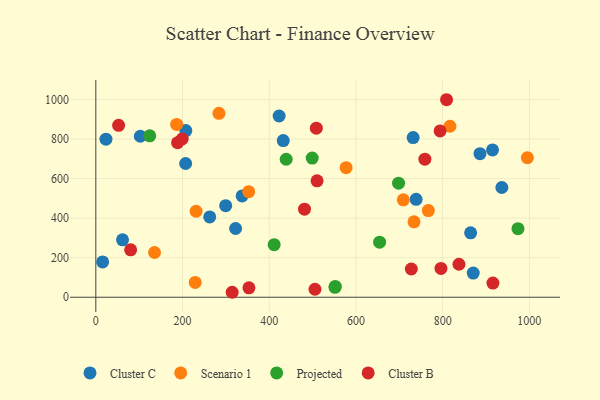
{"axis": {"x": "Experience", "y": "Profit"}, "legend": ["Cluster B", "Cluster C", "Projected", "Scenario 1"], "data": [{"x": "738.7", "y": 495.3, "type": "Cluster C"}, {"x": "61.6", "y": 290.4, "type": "Cluster C"}, {"x": "731.9", "y": 807.2, "type": "Cluster C"}, {"x": "207.2", "y": 676.3, "type": "Cluster C"}, {"x": "864.5", "y": 325.5, "type": "Cluster C"}, {"x": "102.6", "y": 814.0, "type": "Cluster C"}, {"x": "207.6", "y": 842.7, "type": "Cluster C"}, {"x": "15.7", "y": 178.7, "type": "Cluster C"}, {"x": "886.1", "y": 726.1, "type": "Cluster C"}, {"x": "870.5", "y": 122.2, "type": "Cluster C"}, {"x": "262.7", "y": 406.0, "type": "Cluster C"}, {"x": "432.3", "y": 792.2, "type": "Cluster C"}, {"x": "299.5", "y": 463.1, "type": "Cluster C"}, {"x": "23.4", "y": 799.0, "type": "Cluster C"}, {"x": "322.4", "y": 347.5, "type": "Cluster C"}, {"x": "337.5", "y": 512.2, "type": "Cluster C"}, {"x": "422.8", "y": 916.4, "type": "Cluster C"}, {"x": "915.0", "y": 745.1, "type": "Cluster C"}, {"x": "936.5", "y": 555.0, "type": "Cluster C"}, {"x": "577.3", "y": 655.2, "type": "Scenario 1"}, {"x": "352.6", "y": 534.0, "type": "Scenario 1"}, {"x": "229.2", "y": 74.7, "type": "Scenario 1"}, {"x": "816.8", "y": 864.7, "type": "Scenario 1"}, {"x": "284.0", "y": 930.1, "type": "Scenario 1"}, {"x": "709.2", "y": 492.5, "type": "Scenario 1"}, {"x": "135.4", "y": 226.3, "type": "Scenario 1"}, {"x": "767.0", "y": 438.0, "type": "Scenario 1"}, {"x": "733.9", "y": 381.5, "type": "Scenario 1"}, {"x": "995.4", "y": 705.6, "type": "Scenario 1"}, {"x": "231.3", "y": 434.7, "type": "Scenario 1"}, {"x": "186.4", "y": 873.6, "type": "Scenario 1"}, {"x": "654.6", "y": 278.5, "type": "Projected"}, {"x": "973.7", "y": 346.9, "type": "Projected"}, {"x": "439.1", "y": 697.8, "type": "Projected"}, {"x": "552.3", "y": 54.8, "type": "Projected"}, {"x": "551.6", "y": 49.9, "type": "Projected"}, {"x": "499.1", "y": 703.6, "type": "Projected"}, {"x": "698.3", "y": 576.6, "type": "Projected"}, {"x": "411.3", "y": 265.6, "type": "Projected"}, {"x": "124.3", "y": 816.0, "type": "Projected"}, {"x": "199.2", "y": 800.1, "type": "Cluster B"}, {"x": "188.6", "y": 781.5, "type": "Cluster B"}, {"x": "510.3", "y": 588.5, "type": "Cluster B"}, {"x": "796.1", "y": 145.9, "type": "Cluster B"}, {"x": "837.6", "y": 166.9, "type": "Cluster B"}, {"x": "794.1", "y": 841.1, "type": "Cluster B"}, {"x": "809.0", "y": 998.7, "type": "Cluster B"}, {"x": "508.6", "y": 854.7, "type": "Cluster B"}, {"x": "759.0", "y": 698.1, "type": "Cluster B"}, {"x": "727.7", "y": 142.9, "type": "Cluster B"}, {"x": "52.6", "y": 869.4, "type": "Cluster B"}, {"x": "80.3", "y": 239.8, "type": "Cluster B"}, {"x": "915.9", "y": 71.8, "type": "Cluster B"}, {"x": "505.5", "y": 40.3, "type": "Cluster B"}, {"x": "314.5", "y": 25.1, "type": "Cluster B"}, {"x": "481.3", "y": 445.2, "type": "Cluster B"}, {"x": "353.2", "y": 47.4, "type": "Cluster B"}]}